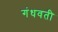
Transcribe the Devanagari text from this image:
गंधवती